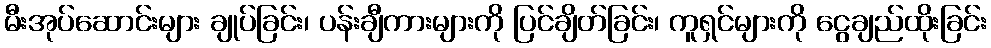
မီးအုပ်ဆောင်းများ ချုပ်ခြင်း၊ ပန်းချီကားများကို ပြင်ချိတ်ခြင်း၊ ကူရှင်များကို ငွေချည်ထိုးခြင်း